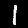
Digit: 1